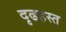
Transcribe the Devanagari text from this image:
दृढहस्त